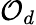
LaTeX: {\mathcal{O}}_{d}